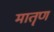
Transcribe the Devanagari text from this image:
मातॄण